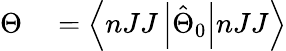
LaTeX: \begin{array}{rl}{\Theta}&{{}=\left\langle nJJ\left|\hat{\Theta}_{0}\right|nJJ\right\rangle}\end{array}